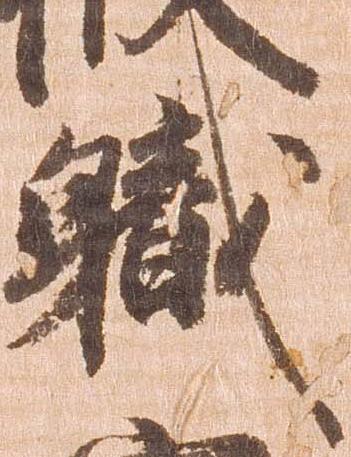
職